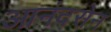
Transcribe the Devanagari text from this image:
आनंदसेन